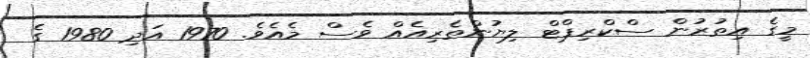
މީގެ އިތުރުން ސްކްރިޕްޓް ލިޔުންތެރިއެއް ވެސް މެއެވެ. 1970 އަދި 1980 ގެ